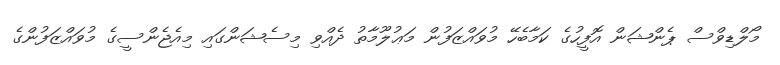
މޯލްޑިވްސް ޕެންޝަން އޮފީހުގެ ކަމާބެހޭ މުވައްޒަފުން މަޢުލޫމާތު ދެއްވި މިސެޝަންގައި މިއެޖެންސީގެ މުވައްޒަފުންގެ